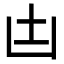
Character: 凷